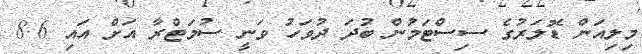
މިލިއަން ޑޮލަރުގެ ސިސްޓަމުން ބުދަ ދުވަހު ވަނީ ސުމަޓްރާ އަށް އައި 8.6